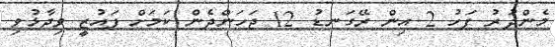
މެންދުރު ފަހު 2 އިން ރޭގަނޑު 12 ޖަހަންދެން ކަމަށް ފައުޒީ ވިދާޅުވި